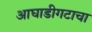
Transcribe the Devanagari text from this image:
आघाडीगटाचा